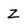
Character: Z